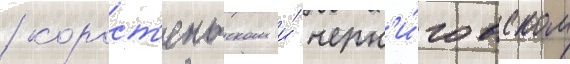
/ корост'еньском и́ черн'и́говском